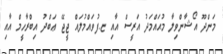
މަންދޫ އޯޝާންވިލާ މުޙައްމަދު އަރީސް އާއި ޏ.ފުވައްމުލައް ޖީޖޭ ޢަބްދު އިބްރާހީމް އާއި